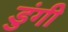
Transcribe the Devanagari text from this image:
डुंगी